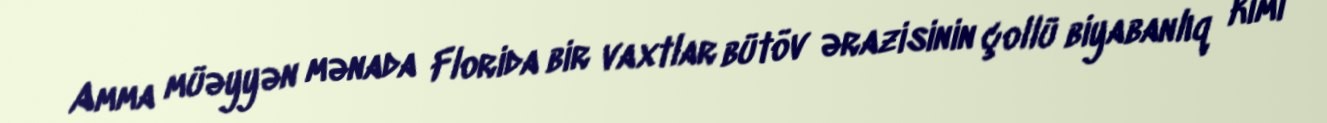
Amma müəyyən mənada Florida bir vaxtlar bütöv ərazisinin çollü biyabanlıq kimi